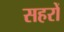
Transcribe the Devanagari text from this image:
सहरों